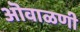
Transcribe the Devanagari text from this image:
ऒवाळणी